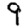
Digit: 9